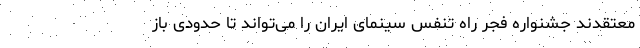
معتقدند جشنواره فجر راه تنفس سینمای ایران را می‌تواند تا حدودی باز